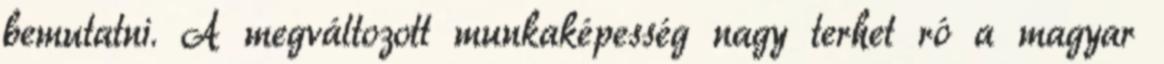
bemutatni. A megváltozott munkaképesség nagy terhet ró a magyar